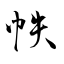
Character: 帙